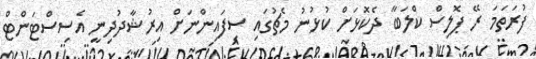
ފުރަތަމަ ރޭ ޕޮލިސް ކްލަބާ ދެކޮޅަށް ކުޅުނު މެޗުގައި ސިފައިންނަށް އިރުޝާދުދިނީ އެސިސްޓަންޓް